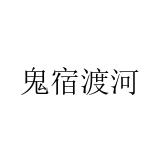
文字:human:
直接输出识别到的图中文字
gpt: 鬼宿渡河